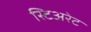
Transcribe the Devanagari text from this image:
स्टिअरेट